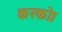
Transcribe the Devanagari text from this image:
करको।